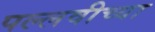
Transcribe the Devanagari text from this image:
पल्लवीच्या